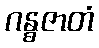
ဂန္ဓဇာတံ